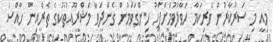
މިއީ މި ސަރުކާރުން ވެރިކަމާ ހަވާލުވުމަށްފަހު ހިންގަވަމުން ގެންދަވާ މަޝްރޫއުތަކުގެ ތެރެއިން ޚާއްސަ